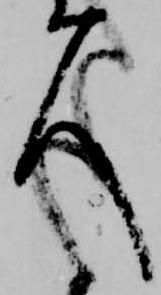
人